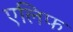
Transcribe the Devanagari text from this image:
एलिफ